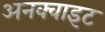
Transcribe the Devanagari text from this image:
अनक्वाइट